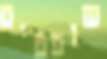
שופטים